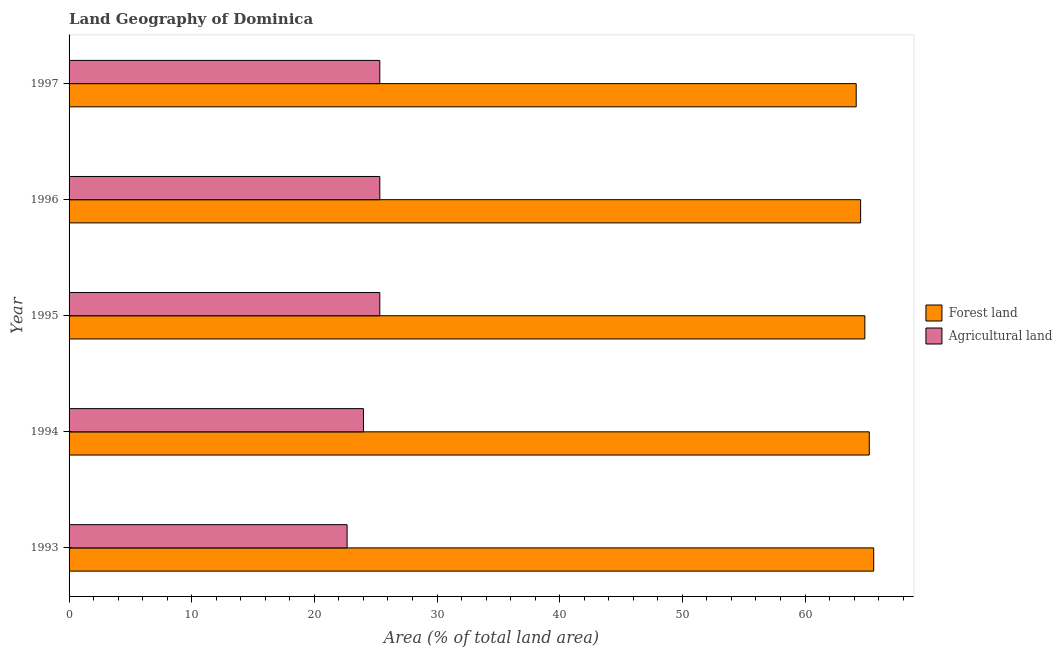
| Year | Forest land | Agricultural land |
 | --- | --- | --- |
 | 1993 | 65.6 | 22.7 |
 | 1994 | 65.2 | 24 |
 | 1995 | 64.9 | 25.3 |
 | 1996 | 64.5 | 25.3 |
 | 1997 | 64.2 | 25.3 |